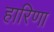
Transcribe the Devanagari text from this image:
हारिणा